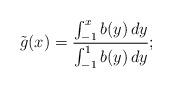
LaTeX: \begin{align*}\tilde g(x) = \frac{\int_{-1}^x b(y) \,dy}{\int_{-1}^1 b(y) \,dy};\end{align*}